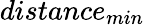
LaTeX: distance_{min}